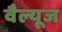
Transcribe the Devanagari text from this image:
वैल्यूज